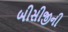
બીસીજીની